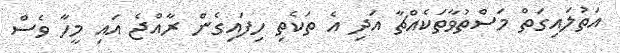
އަތުލައިގަތް މަސްތުވާތަކެއްޗާ އަދި އެ ތަކެތި ހިފައިގެން ރާއްޖެ އައި މީހާ ވެސް